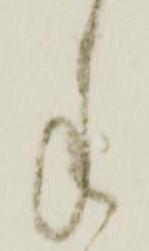
手